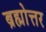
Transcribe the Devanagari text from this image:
ब्रह्मोत्तर